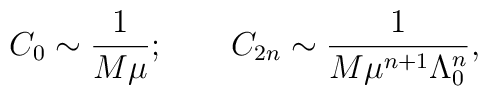
C_0 \sim \frac{1}{M \mu}; \qquad C_{2n} \sim \frac{1}{M \mu^{n+1} \Lambda_0^n},